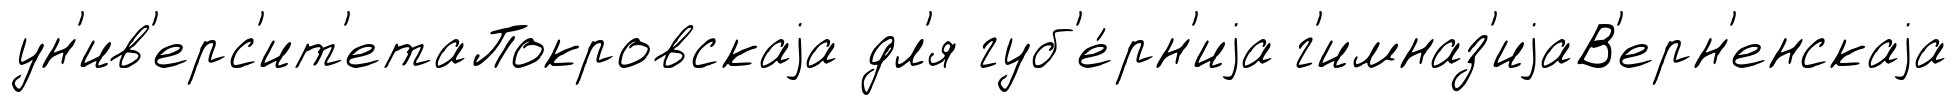
ун'ив'ерс'ит'етаПокровскаjа дл'я губ'е́рн'иjа г'имназ'иjаВ'ерн'енскаjа